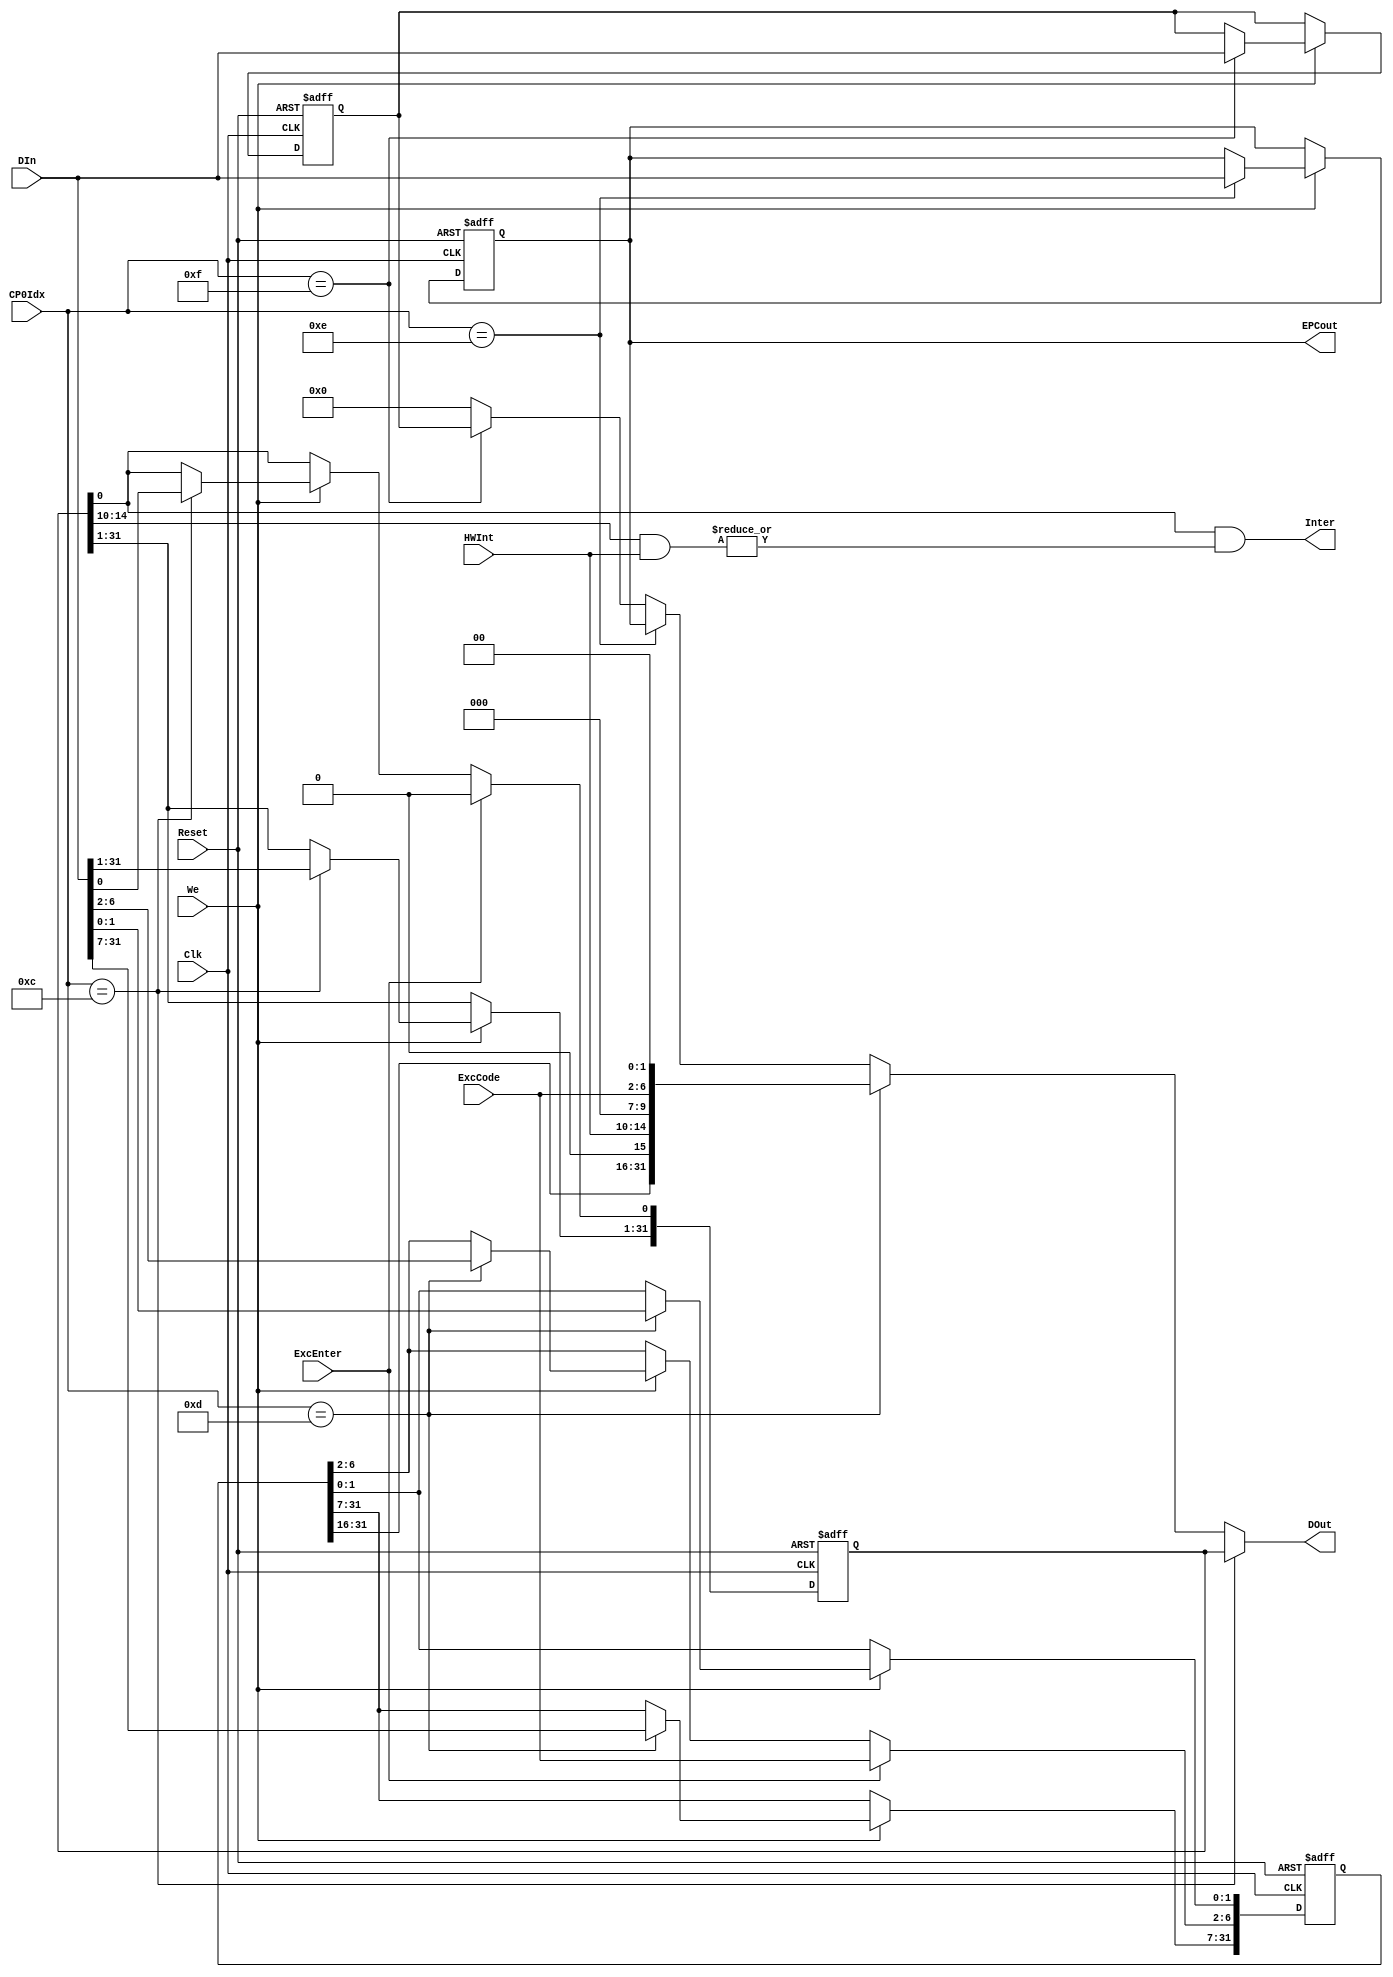
module Coco_CP0(
input[4:0] CP0Idx,
input[31:0] DIn,
input We,ExcEnter,
input[6:2] ExcCode,HWInt,
input Clk,Reset,
output[31:0]DOut,
output Inter,
output[31:0] EPCout
);
reg[31:0] SR,EPC,Cause,PRId;

assign DOut=(CP0Idx==5'd12)?SR:
            (CP0Idx==5'd13)?{Cause[31:16],1'b0,HWInt,3'b000,ExcCode,2'b00}:
            (CP0Idx==5'd14)?EPC:
            (CP0Idx==5'd15)?PRId:32'd0;

assign Inter=SR[0:0] &(| (SR[14:10] & HWInt));  

assign EPCout=EPC;

always @(posedge Clk or posedge Reset)
if (Reset)
 begin
     SR<=32'b0;
     Cause<=32'b0;
     EPC<=32'b0;
     PRId<={8'h47,8'h36,8'b0,8'h10};
 end
 else
    begin
     if (We)
    case (CP0Idx)
        5'd12:SR<=DIn;
        5'd13:Cause<=DIn;
        5'd14:EPC<=DIn;
        5'd15:PRId<=DIn;
    endcase    
   
    if (ExcEnter) 
     begin
         Cause[6:2]<=ExcCode;
         SR[0:0]<=0;
     end 
 end
     
endmodule